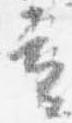
立